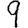
Digit: 9